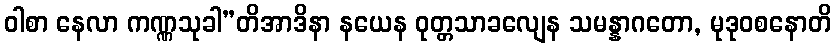
ဝါစာ နေလာ ကဏ္ဏသုခါ”တိအာဒိနာ နယေန ဝုတ္တသာခလျေန သမန္နာဂတော, မုဒုဝစနောတိ